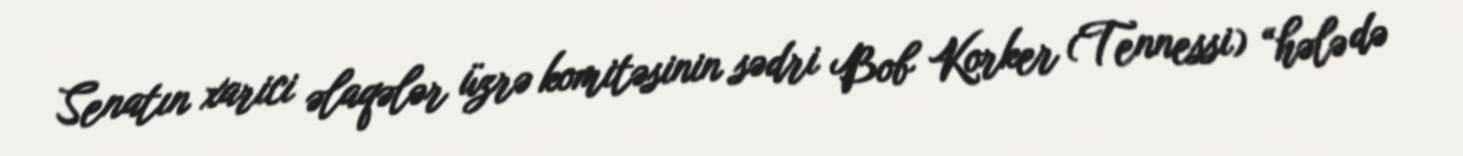
Senatın xarici əlaqələr üzrə komitəsinin sədri Bob Korker (Tennessi) “hələ də